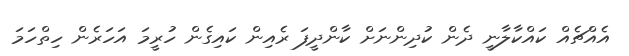
އެއްޗެއް ކައްކާލާނީ ދެން ކުދިންނަށް ކާންދީފަ ރެއިން ކައިގެން ހުރީމަ އަހަރެން ހިތްހަމަ